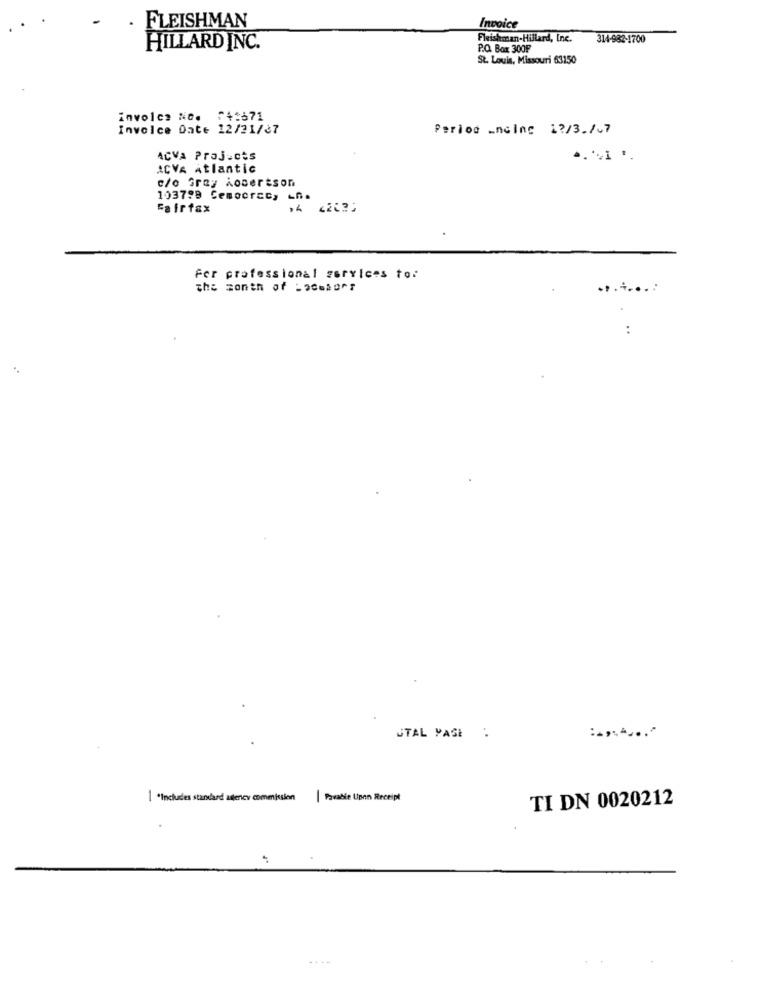
FLEISHMAN
Invoice
Fleishman-Hillard, Inc.
314-982-1700
HILLARD INC.
P.O. Box 300F
St. Louis, Missouri 63150
involce No. 74:671
Invoice Date 12/21/37
Period Incinc 12/32/07
ACVA Projects
ACVA Atlantic
c/o Gray Aosertson
103799 Cemocrac,
Fairfax
For professional services to:
the month of = omsorg
:
STAL PASE .
1 *Includes standard aitency commission
| Pavabie Upon Receipt
TI DN 0020212